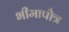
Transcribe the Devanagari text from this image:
भीमापौत्र